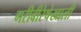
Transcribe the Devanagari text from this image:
गरीबीरेषेखाली